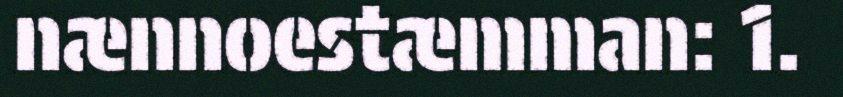
nænnoestæmman: 1.